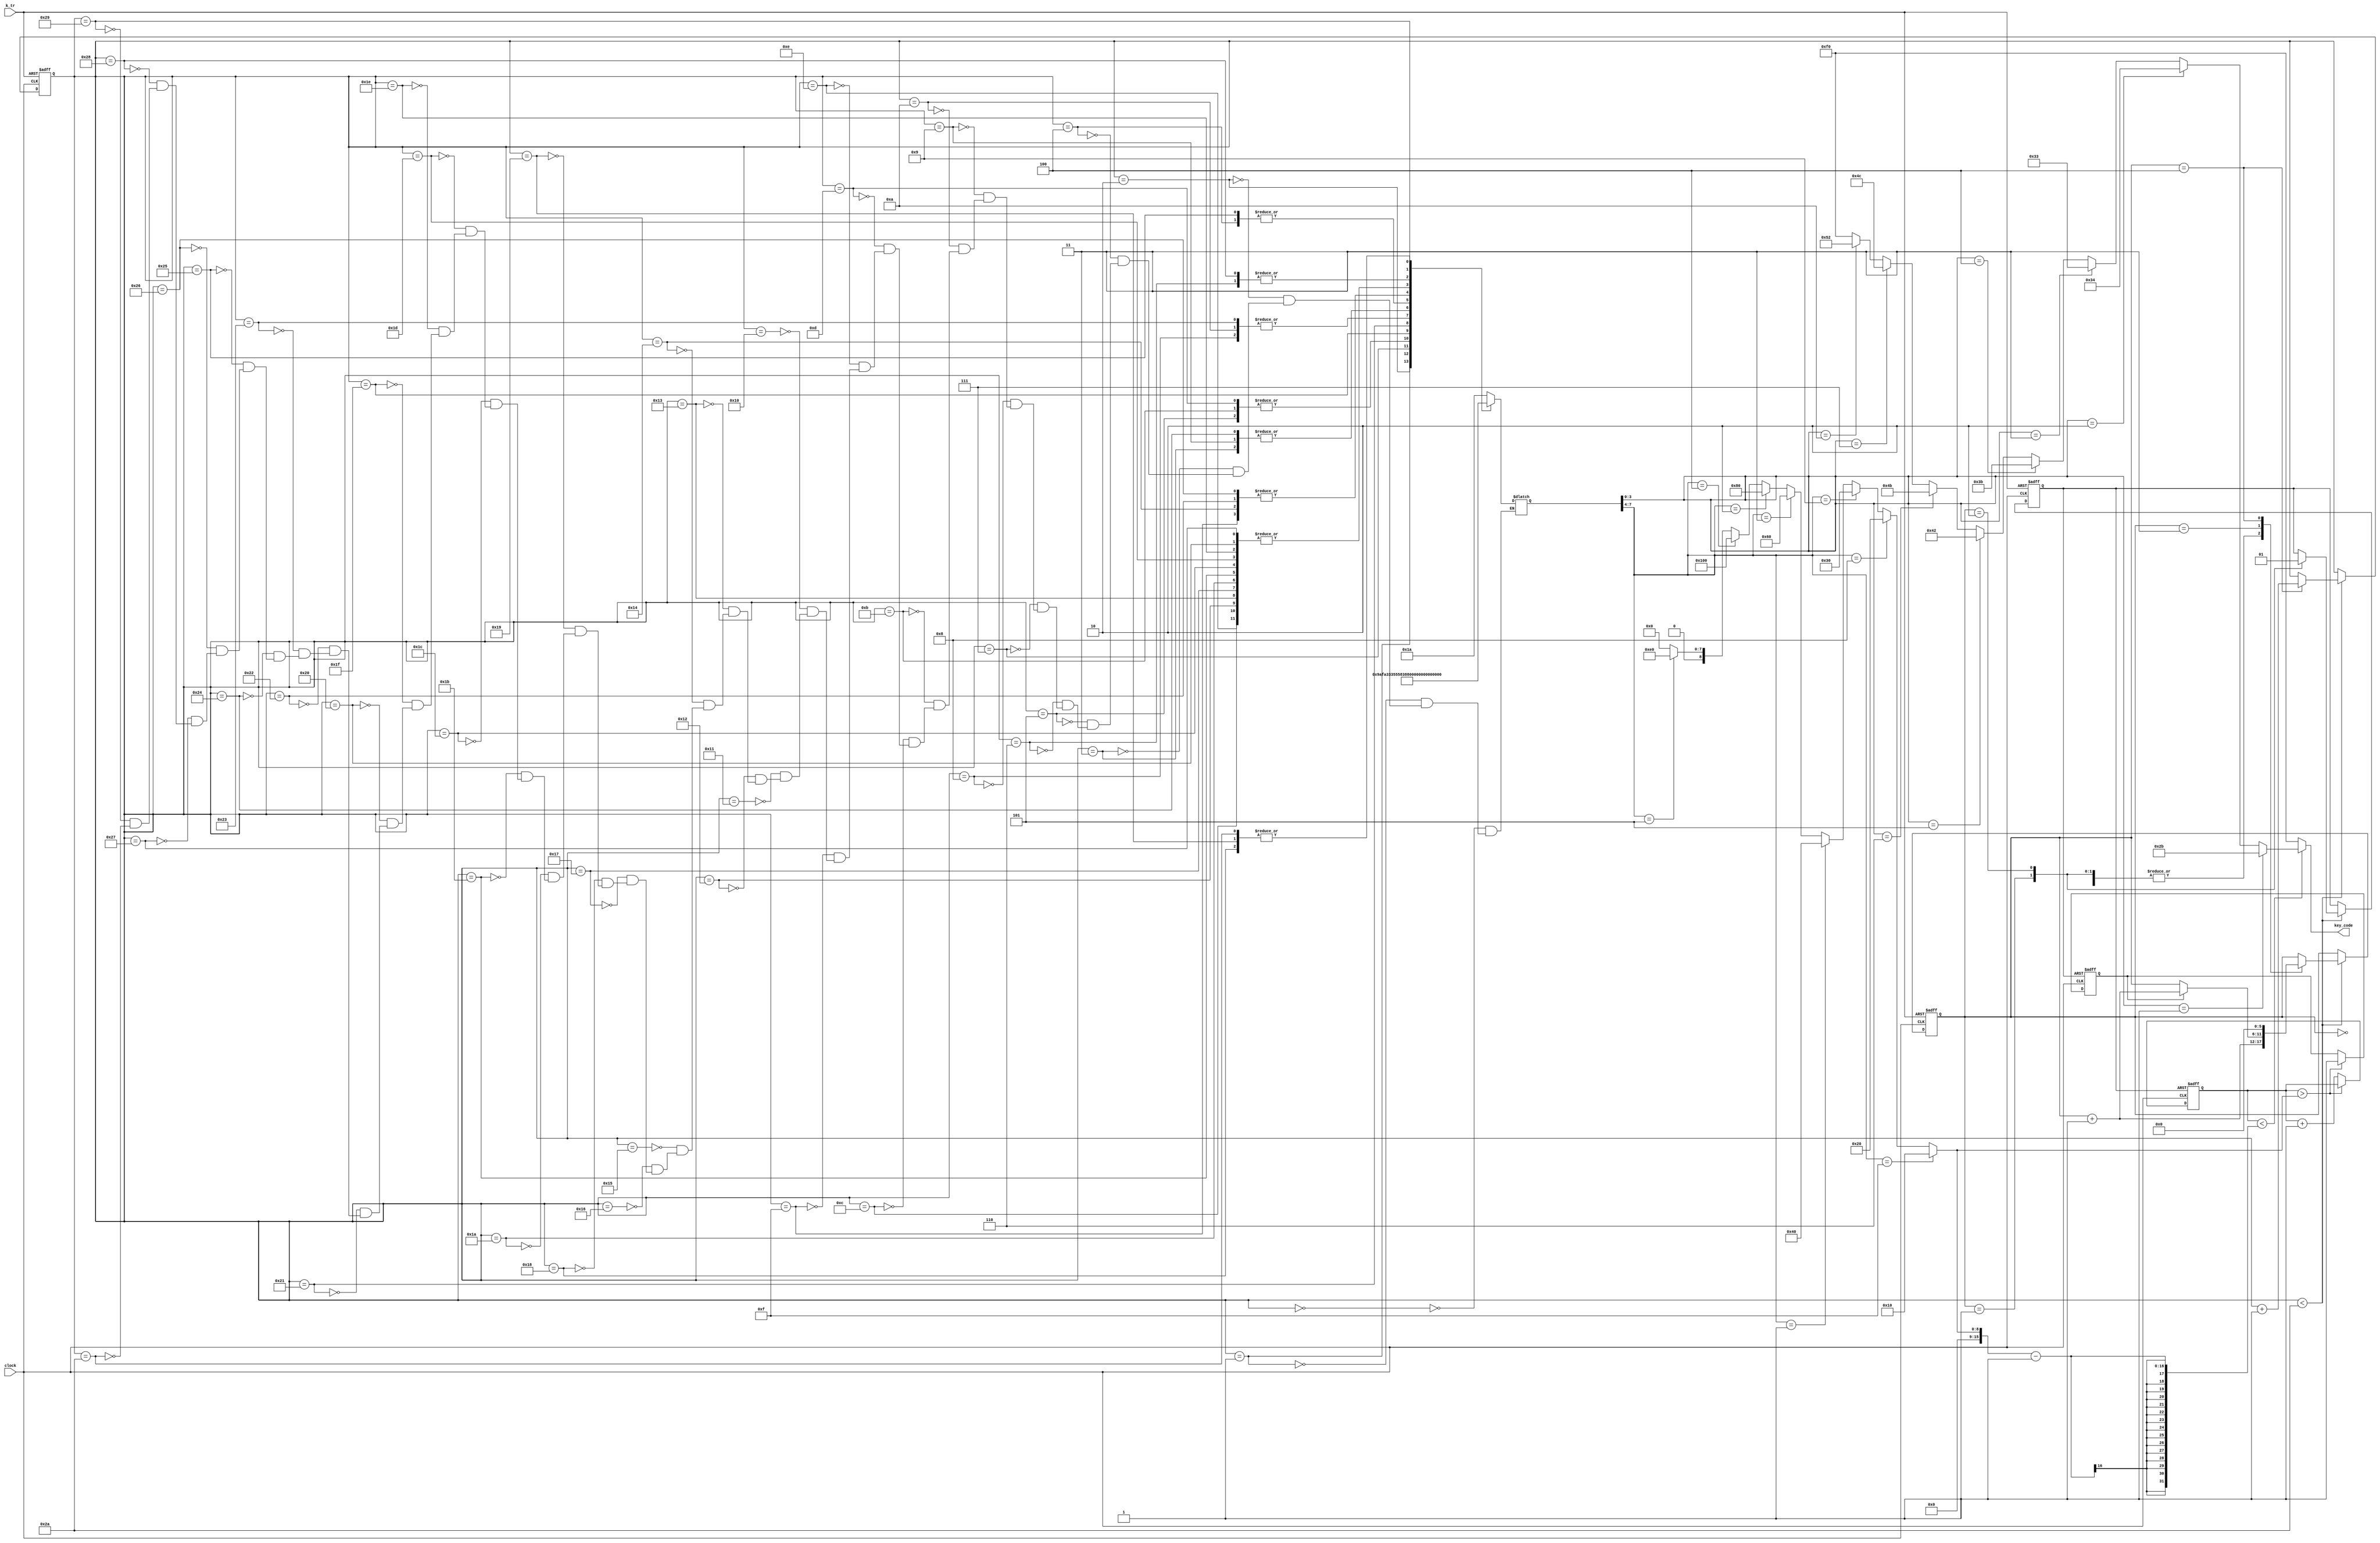
module demo_sound3(
input clock,
output [7:0]key_code,
input k_tr
);



reg  [15:0]tmp;
wire  [15:0]tmpa;
reg   tr;
reg   [15:0]step;
wire  [15:0]step_r;
reg   [7:0]TT;
reg[5:0]st;
reg go_end;

always @(negedge k_tr or posedge clock) begin
if (!k_tr) begin
   step=0;
   st=0;
   tr=0;
end
else
if (step<step_r) begin
  case (st)
  0: st=st+1;
  1: begin tr=0; st=st+1;end
  2: begin tr=1;st=st+1;end
  3: if(go_end) st=st+1;
  4: begin st=0;step=step+1;end
  endcase
end
end

///////////////////////////////////////////
wire  [7:0]key_code1=(
(TT[3:0]==1)?8'h2b:(//1
(TT[3:0]==2)?8'h34:(//2
(TT[3:0]==3)?8'h33:(//3
(TT[3:0]==4)?8'h3b:(//4
(TT[3:0]==5)?8'h42:(//5
(TT[3:0]==6)?8'h4b:(//6
(TT[3:0]==7)?8'h4c:(//7
(TT[3:0]==10)?8'h52:(//1
(TT[3:0]==15)?8'hf0:8'hf0
))))))))
);

assign key_code=(tmp<(tmpa-1))?key_code1:8'hf0;

assign tmpa[15:0]=(
(TT[7:4]==15)?16'h10:(
(TT[7:4]==8)? 16'h20:(
(TT[7:4]==9)? 16'h30:(
(TT[7:4]==1)? 16'h40:(
(TT[7:4]==3)? 16'h60:(
(TT[7:4]==2)? 16'h80:(
(TT[7:4]==4)? 16'h100:(
(TT[7:4]==5)? 16'he0:0
)))))))
);


always @(negedge tr or posedge clock)begin
if(!tr) begin tmp=0;go_end=0 ;end
 else if (tmp>tmpa)go_end=1; 
 else tmp=tmp+1;
end


always @(step) begin
case (step)
0:TT=8'h1a;
1:TT=8'h9a;
2:TT=8'hfa;
3:TT=8'h3a;
4:TT=8'h86;
5:TT=8'h35;
6:TT=8'h84;
7:TT=8'h33;
8:TT=8'h8a;
9:TT=8'h3a;
10:TT=8'h8a;
11:TT=8'h35;
12:TT=8'h85;
13:TT=8'h35;
14:TT=8'h85;
15:TT=8'h15;
16:TT=8'h1a;
17:TT=8'h1a;
18:TT=8'h85;
19:TT=8'h85;
20:TT=8'h15;
21:TT=8'h1a;
22:TT=8'h1a;
23:TT=8'h85;
24:TT=8'h1f;
25:TT=8'h1f;
26:TT=8'h85;
27:TT=8'h85;
28:TT=8'h85;
29:TT=8'h85;
30:TT=8'h85;
31:TT=8'h55;
32:TT=8'h85;
33:TT=8'h83;
34:TT=8'h15;
35:TT=8'h8a;
36:TT=8'h3a;
37:TT=8'h86;
38:TT=8'h15;
39:TT=8'h85;
40:TT=8'h84;
41:TT=8'h23;
42:TT=8'h1f;
/*
46:TT=8'h;
47:TT=8'h;



48:TT=8'h;
49:TT=8'h;
50:TT=8'h;
51:TT=8'h;
52:TT=8'h;
53:TT=8'h;
54:TT=8'h;
55:TT=8'h;
56:TT=8'h;

16:TT=8'h1f;//end
*/
endcase
end
assign step_r=42;

endmodule